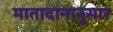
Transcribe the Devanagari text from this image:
मातादानानुसार